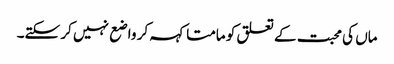
ماں کی محبت کے تعلق کو مامتا کہہ کر واضع نہیں کر سکتے۔